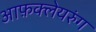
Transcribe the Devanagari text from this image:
आफ़क्लेयरुंग